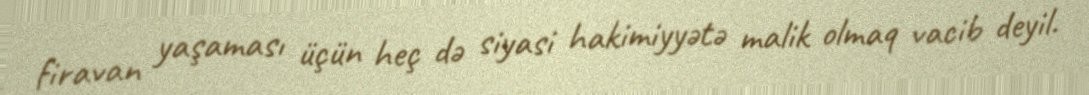
firavan yaşaması üçün heç də siyasi hakimiyyətə malik olmaq vacib deyil.